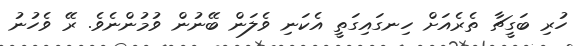
ހުރި ބަގީޗާ ތެރެއަށް ހިނގައިގަތީ އެކަނި ވެލަން ބޭނުން ވުމުންނެވެ. ރޭ ވެހުނު